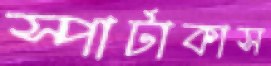
স্পার্টাকাস